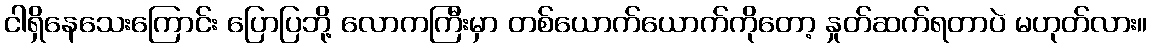
ငါရှိနေသေးကြောင်း ပြောပြဘို့ လောကကြီးမှာ တစ်ယောက်ယောက်ကိုတော့ နှုတ်ဆက်ရတာပဲ မဟုတ်လား။